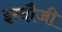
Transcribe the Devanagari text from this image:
इन्दौजी